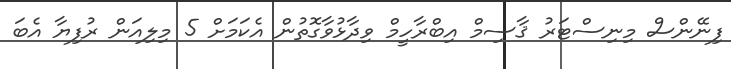
ފިނޭންސް މިނިސްޓަރު ޤާސިމް އިބްރާހީމް ވިދާޅުވާގޮތުން އެކަމަށް 5 މިލިއަން ރުފިޔާ އެބަ